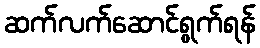
ဆက်လက်ဆောင်ရွက်ရန်